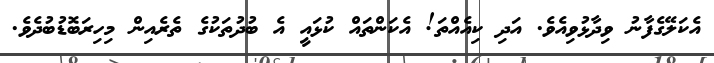
އެކަލޭގެފާނު ވިދާޅުވިއެވެ. އަދި ކިއެއްތަ! އެކަންތައް ކުޅައީ އެ ބުދުތަކުގެ ތެރެއިން މިހިރަބޮޑުބުދެވެ.